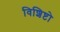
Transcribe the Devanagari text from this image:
विशिष्टो